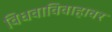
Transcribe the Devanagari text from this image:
विधवाविवाहावर